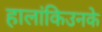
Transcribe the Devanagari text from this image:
हालांकिउनके